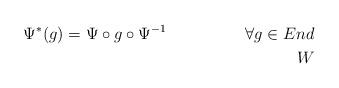
LaTeX: \begin{align*}\Psi^* (g ) = \Psi \circ g \circ \Psi^{-1} \hskip 2cm \forall g \in End \\ W\end{align*}